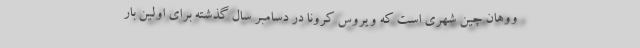
ووهان چین شهری است که ویروس کرونا در دسامبر سال گذشته برای اولین بار